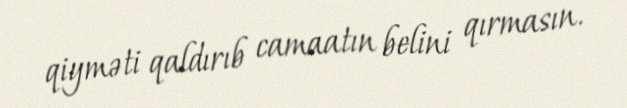
qiyməti qaldırıb camaatın belini qırmasın.